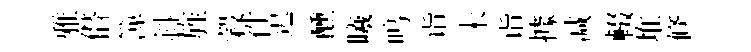
雅僣𥱼斜旌穀徃迟醺曦鸣诣未诣據减輟堆倐